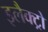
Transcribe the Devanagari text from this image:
इलैक्ट्रो